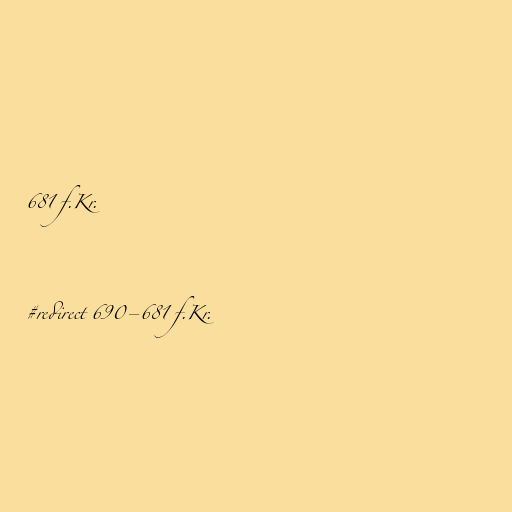
681 f.Kr.

#redirect 690–681 f.Kr.